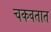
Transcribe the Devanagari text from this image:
चकवतात